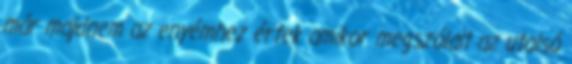
már majdnem az enyémhez értek amikor megszólalt az utolsó